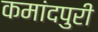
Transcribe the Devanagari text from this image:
कमांदपुरी